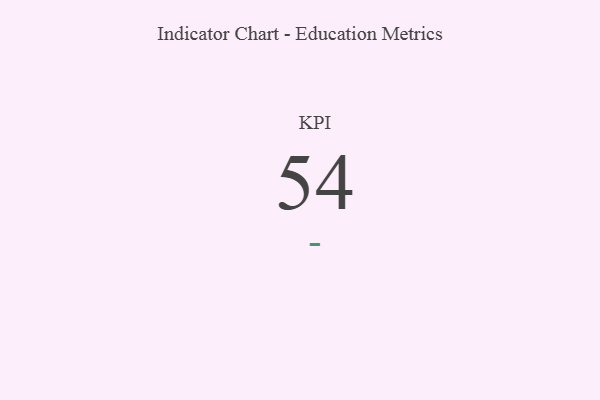
{"axis": {"x": "KPI", "y": "Value"}, "legend": [""], "data": [{"x": "KPI", "y": 54, "type": ""}]}